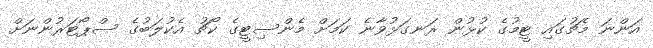
އަންނަ މެޗުގައި ޓީމުގެ ކުޅުން ރަނގަޅުވާނެ ކަމަށް މެންސިޓީގެ ކޯޗު އެކުލަބުގެ ސްޕޯޓަރުންނަށް